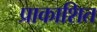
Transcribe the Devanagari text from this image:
प्राकाशित